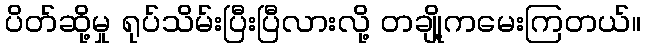
ပိတ်ဆို့မှု ရုပ်သိမ်းပြီးပြီလားလို့ တချို့ကမေးကြတယ်။